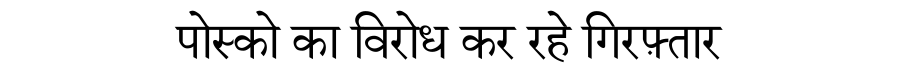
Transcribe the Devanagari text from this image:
पोस्को का विरोध कर रहे गिरफ़्तार